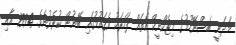
މަދަނީ ބަސްނޭހުމުގެ މިޓެކްނީކް އެތައް ފަހަރަކު އެޤައުމުގައި ބޭނުން ކުރެވުނެވެ. 1994 އާއި